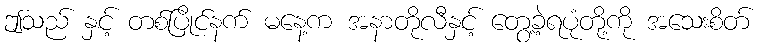
ဤသည် နှင့် တစ်ပြိုင်နက် မနေ့က အနာတိုလီနှင့် တွေ့ခဲ့ရပုံတို့ကို အသေးစိတ်